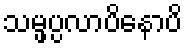
သမ္ဖပ္ပလာပိနောပိ